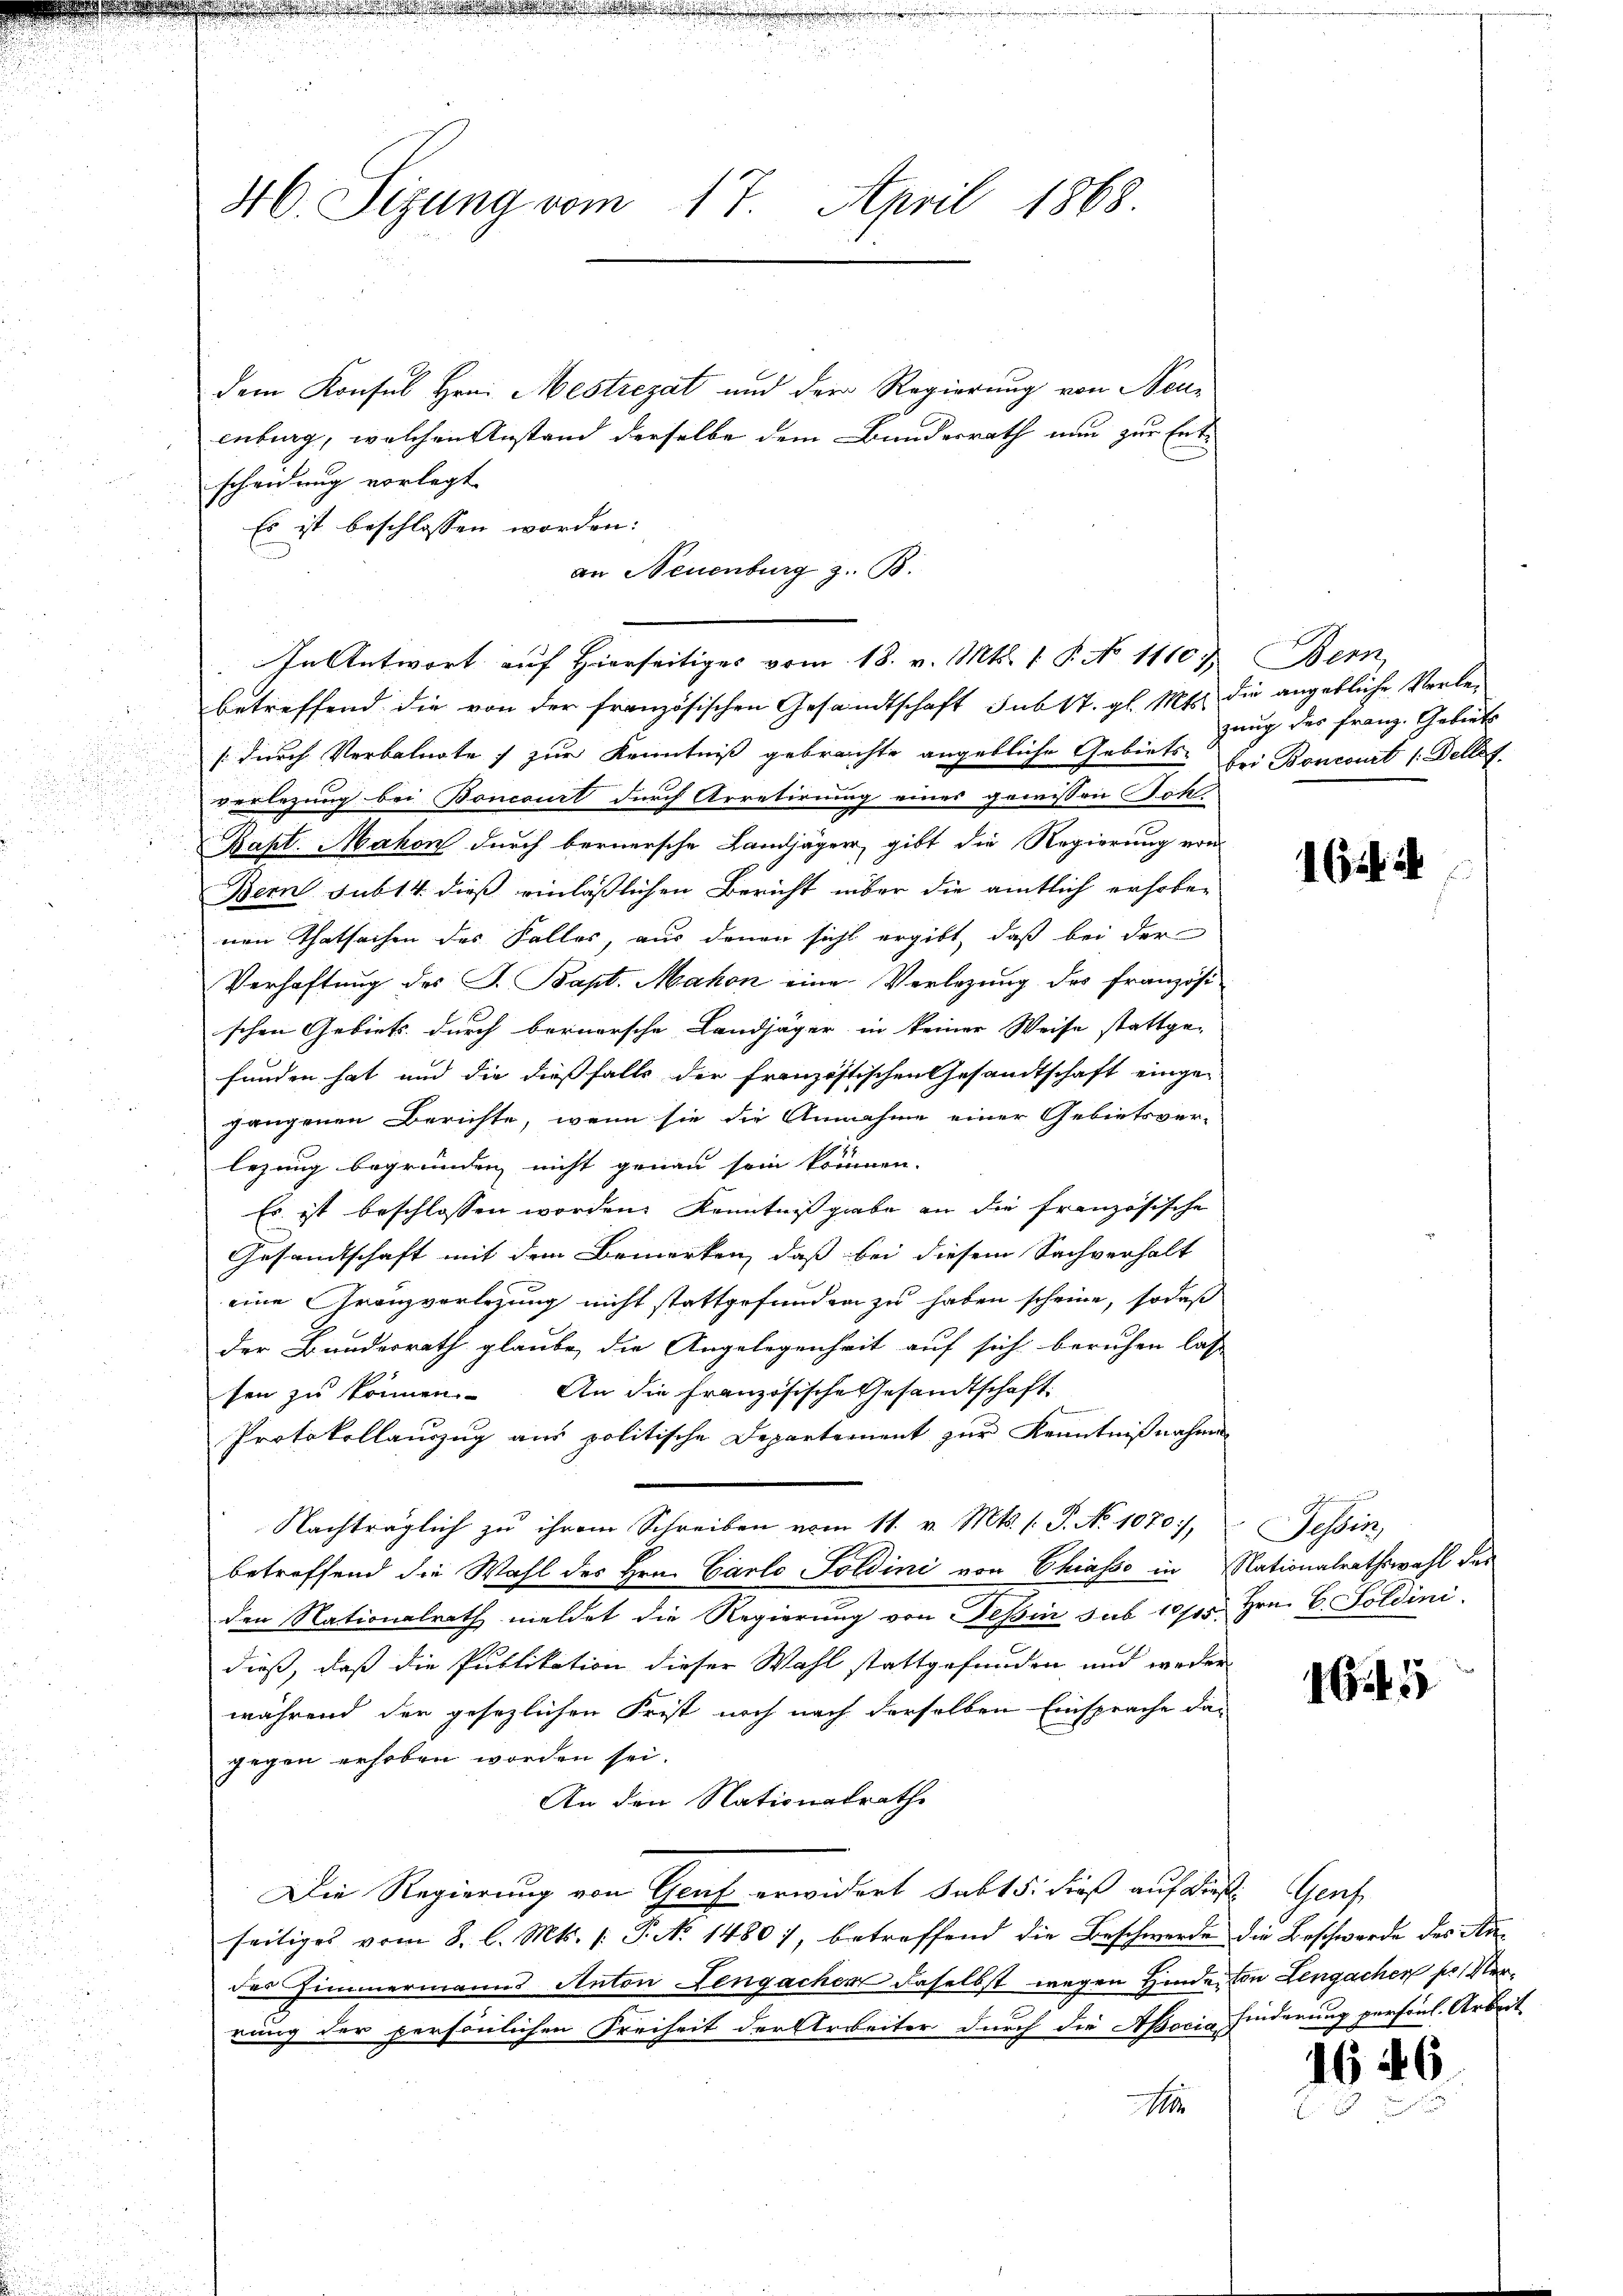
d
.

46. Sizung vom 17. April 1868.

dem Konsul Hrn. Mestrezat und der Regierung von Neuenburg, welchen Anstand derselbe dem Bundesrath nun zur Entscheidung vorlegt
Es ist beschlossen worden:
In Antwort auf Hierseitiges vom 18. v. Mts. 1 P. No 1110. Bern,
betreffend die von der französischen Gesandtschaft sub 17. gl. Mts. die angebliche Verle-
1 durch Verbalnote zur Kenntniß gebrachte angebliche Gebiets bei Boncourt 1. Dellig
verlegung bei Boncourt durch Arretirung eines gewissen Joh
Kapt. Makon durch bernersche Landjäger, gibt die Regierung von
Bern sub 14 dieß einläßlichen Bericht über die amtlich erhoben
nen Thatsachen des Falles, aus denen sicht ergibt, daß bei der
Verhaftung des J. Bapt. Mahon eine Verlegung des französi-
schen Gebiets durch bernersche Landjäger in keiner Weise stattge-
funden hat und die dießfalls der französtischen Gesandtschaft einge-
gangenen Berichte, wenn sie die Annahme einer Gebietsver-
legung begründen nicht genau sein können.
Es ist beschlossen worden. Kenntnißgabe an die französische
Gesandtschaft mit dem Bemerken, daß bei diesem Sachverhalt
eine Granzverlegung nicht stattgefunden zu haben scheine, sodaß
der Bundesrath glaube, die Angelegenheit auf sich beruhen lass
sen zu können. An die französische Gesandtschaft

Protokollauszug aus politische Departement zur Kenntnißnahmen
Nachträglich zu ihrem Schreiben vom 11. v. Mts. (T. No 1070,
betreffend die Wahl des Hrn. Carlo Soldini von Chiasso in Nationalrathswahl des
den Nationalrath meldet die Regierung von Tessin sub 10705 Hrn. B. Soldini.
dieß, daß die Publikation dieser Wahl stattgefunden und weder
während der gesezlichen Frist noch nach derselben Einsprache dan
gegen erhoben worden sei.
An den Nationalrathe
Die Regierung von Graf erwidert hab 15. dieß auf die Genf
seitiges vom 8. l. Mts. /: P. N. 1480), betreffend die Beschwerde die Beschwerde des Kader Himmermanns Anton Lengachen daselbst wegen Hinde von Lengachen pr. Verrung der persönlichen Freiheit der Arbeiter durch die Apocia hinderung persönl. Arbeit
18

an Neuenburg z. B.

zung des Franz. Gebiet

164

Sessens

1645

1646